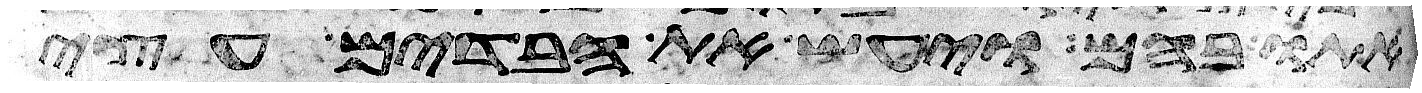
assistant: אתו בהם ויעש את הבדים עצי